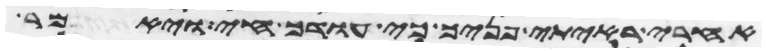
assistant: אחרי ראיתי פניך כי עודך חי ויאמר